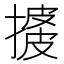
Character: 𢱺